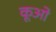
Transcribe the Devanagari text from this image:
कूओ